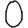
Digit: 0